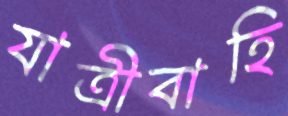
যাত্রীবাহি